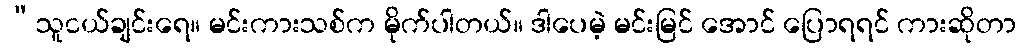
“သူငယ်ချင်းရေ။ မင်းကားသစ်က မိုက်ပါတယ်။ ဒါပေမဲ့ မင်းမြင် အောင် ပြောရရင် ကားဆိုတာ